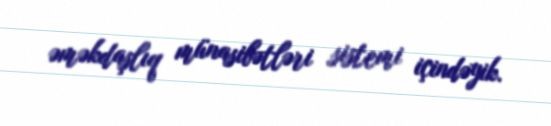
əməkdaşlıq münasibətləri sistemi içindəyik.